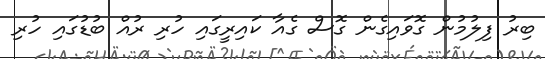
ބިރު ފިލުމުން ގޮވައިގެން ގޮސް ގެއާ ކައިރީގައި ހުރި ރުއް ބުޑުގައި ހުރި